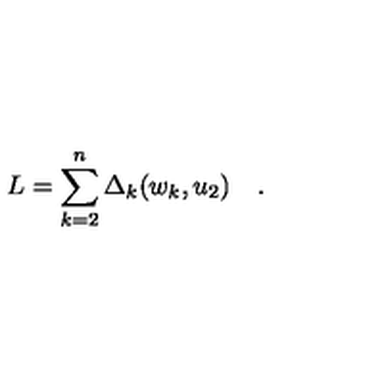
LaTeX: L = \sum _ { k = 2 } ^ { n } \Delta _ { k } ( w _ { k } , u _ { 2 } ) \quad .